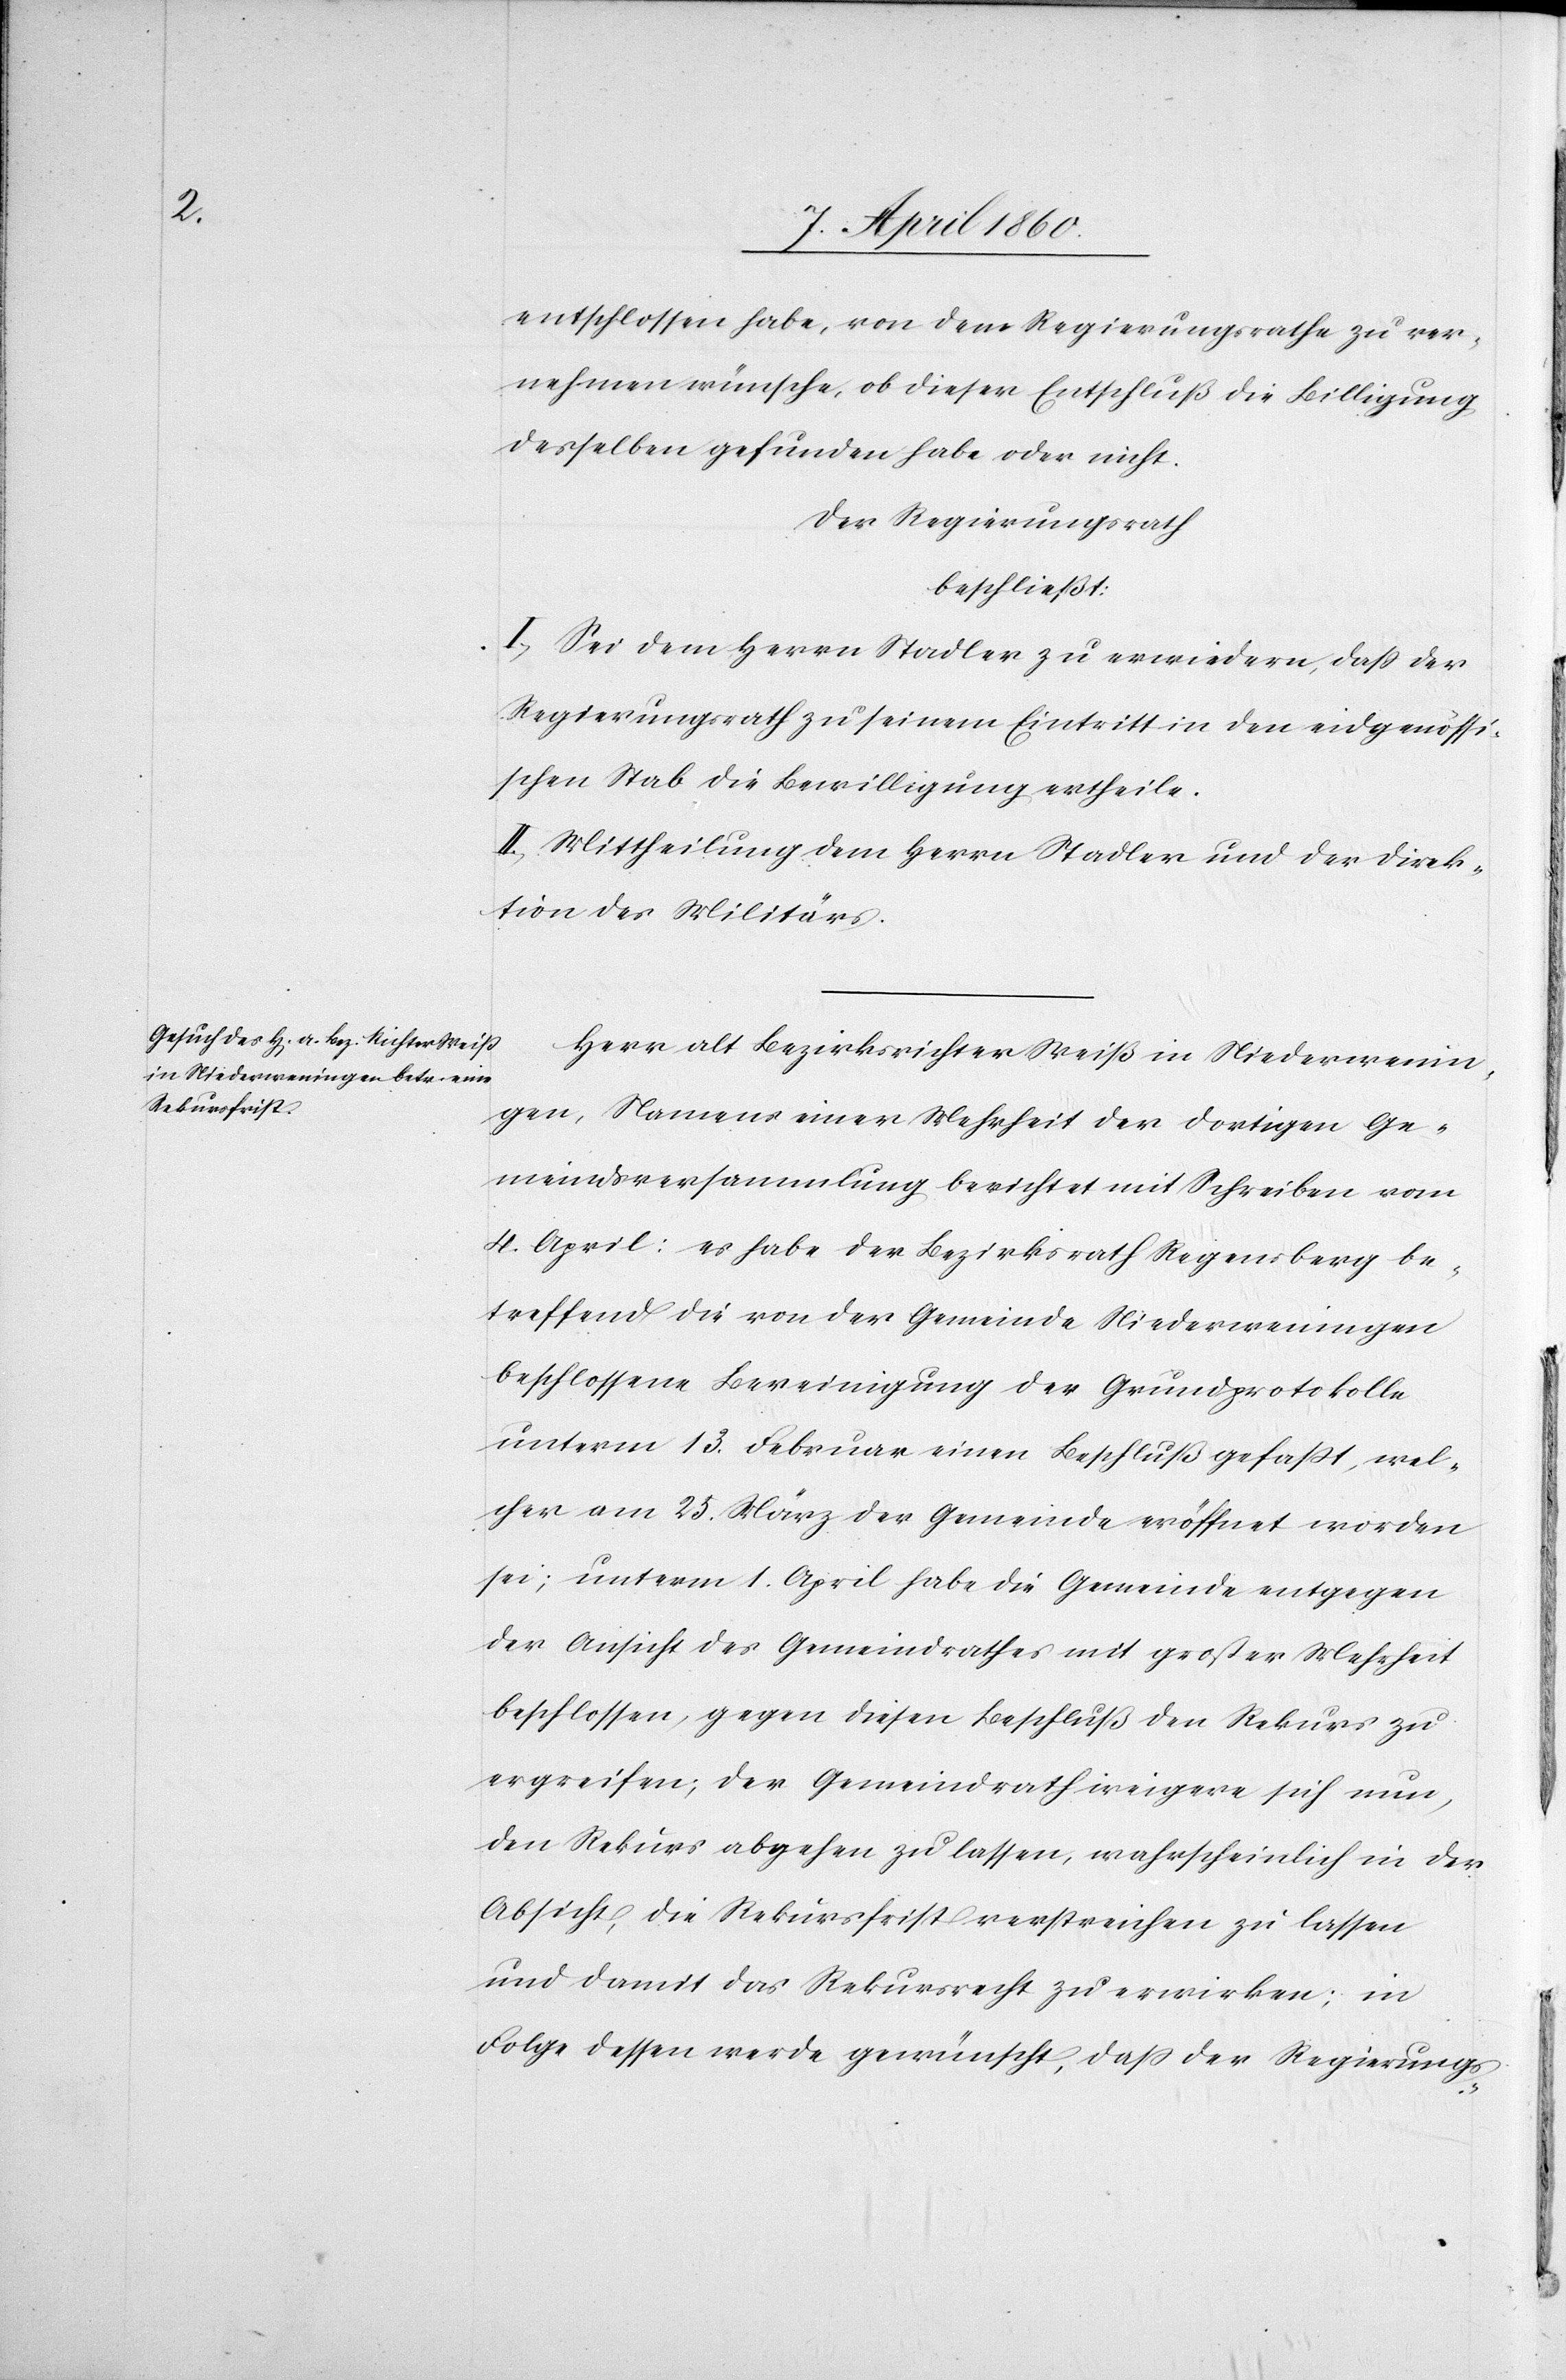
entschlossen habe, von dem Regierungsrathe zu ver¬
nehmen wünsche, ob dieser Entschluß die Billigung
desselben gefunden habe oder nicht.
Der Regierungsrath
beschliesst:
I. Sei dem Herrn Stadler zu erwiedern, dass der
Regierungsrath zu seinem Eintritt in den eidgenössi¬
schen Stab die Bewilligung ertheile.
II. Mittheilung dem Herrn Stadler und der Direk¬
tion des Militärs.
Herr alt Bezirksrichter Weiss in Niederwenin¬
gen, Namens einer Mehrheit der dortigen Ge¬
meindsversammlung berichtet mit Schreiben vom
4. April: es habe der Bezirksrath Regensberg be¬
treffend die von der Gemeinde Niederweningen
beschlossene Bereinigung der Grundprotokolle
unterm 13. Februar einen Beschluß gefasst, wel¬
cher am 25. März der Gemeinde eröffnet worden
sei; unterm 1. April habe die Gemeinde entgegen
der Ansicht des Gemeindrathes mit grosser Mehrheit
beschlossen, gegen diesen Beschluß den Rekurs zu
ergreifen; der Gemeindrath weigere sich nun,
den Rekurs abgehen zu lassen, wahrscheinlich in der
Absicht, die Rekursfrist verstreichen zu lassen
und damit das Rekursrecht zu erwirken; in
Folge dessen werde gewünscht, dass der Regierungs-